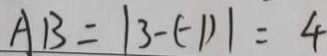
A B = \vert 3 - ( - 1 ) \vert = 4